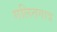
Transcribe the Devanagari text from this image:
गलितगात्र